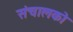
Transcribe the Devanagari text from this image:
संचालको